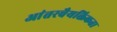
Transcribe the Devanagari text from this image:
आंतरवैयक्तिकता